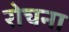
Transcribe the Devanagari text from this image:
रोचना